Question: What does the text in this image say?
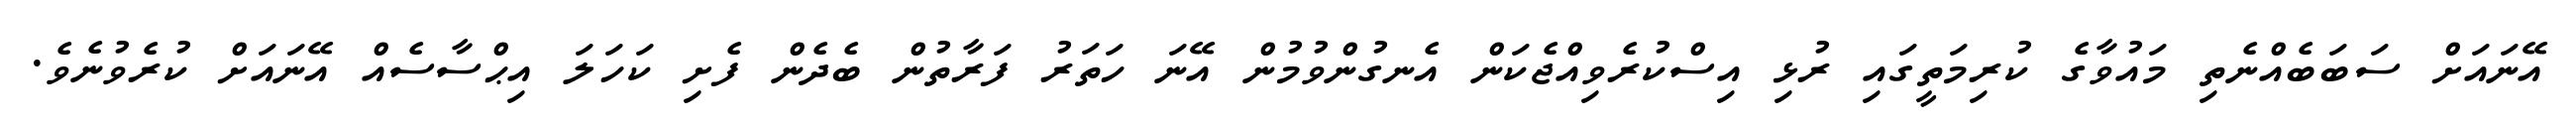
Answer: އޭނައަށް ސަބަބެއްނެތި މައުވާގެ ކުރިމަތީގައި ރުޅި އިސްކުރެވިއްޖެކަން އެނގުންވުމުން އޭނަ ހަތަރު ފަރާތުން ބެދެން ފެށި ކަހަލަ އިޙްސާސެއް އޭނައަށް ކުރެވުނެވެ.